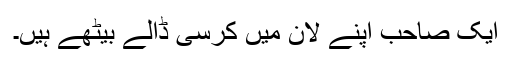
ایک صاحب اپنے لان میں کرسی ڈالے بیٹھے ہیں۔